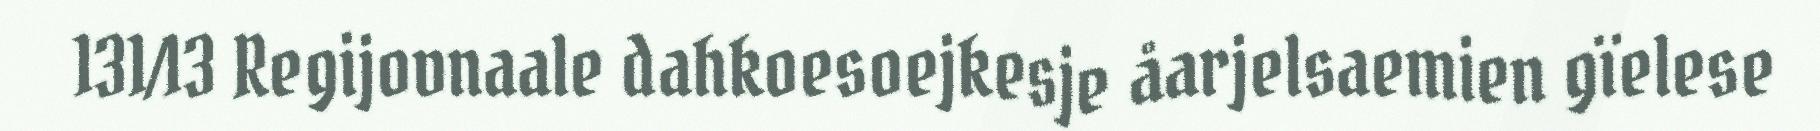
131/13 Regijovnaale dahkoesoejkesje åarjelsaemien gïelese